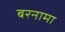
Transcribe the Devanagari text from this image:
बरनामा